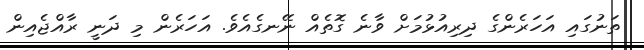
ތަނުގައި އަހަރެންގެ ދިރިއުޅުމަށް ވާނެ ގޮތެއް ނޭނގެއެވެ. އަހަރެން މި ދަނީ ރާއްޖެއިން